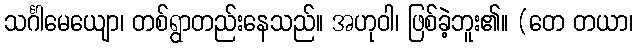
သင်္ဂါမေယျော၊ တစ်ရွာတည်းနေသည်။ အဟုဝါ၊ ဖြစ်ခဲ့ဘူး၏။ (တေ တယာ၊